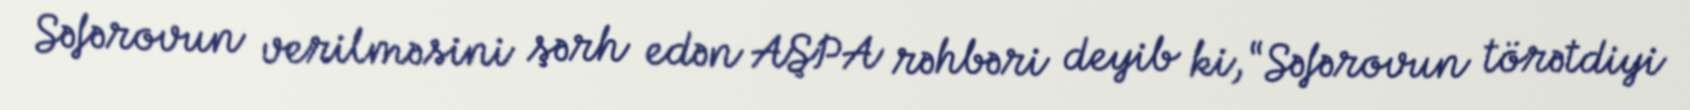
Səfərovun verilməsini şərh edən AŞPA rəhbəri deyib ki, “Səfərovun törətdiyi